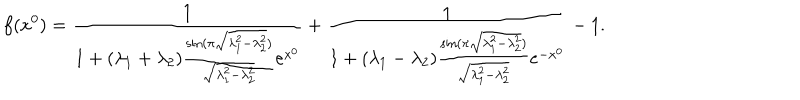
f ( x ^ { 0 } ) = \frac { 1 } { 1 + ( \lambda _ { 1 } + \lambda _ { 2 } ) \frac { \sin ( \pi \sqrt { \lambda _ { 1 } ^ { 2 } - \lambda _ { 2 } ^ { 2 } } ) } { \sqrt { \lambda _ { 1 } ^ { 2 } - \lambda _ { 2 } ^ { 2 } } } e ^ { x ^ { 0 } } } + \frac { 1 } { 1 + ( \lambda _ { 1 } - \lambda _ { 2 } ) \frac { \sin ( \pi \sqrt { \lambda _ { 1 } ^ { 2 } - \lambda _ { 2 } ^ { 2 } } ) } { \sqrt { \lambda _ { 1 } ^ { 2 } - \lambda _ { 2 } ^ { 2 } } } e ^ { - x ^ { 0 } } } - 1 .